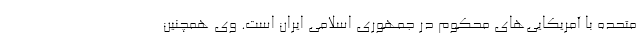
متحده با آمریکایی‌های محکوم در جمهوری اسلامی ایران است. وی همچنین